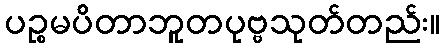
ပဉ္စမပိတာဘူတပုဗ္ဗသုတ်တည်း။